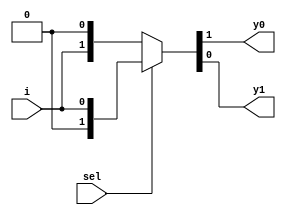
// This program was cloned from: https://github.com/ekb0412/100DaysofRTL
// License: Apache License 2.0

`timescale 1ns / 1ps

module demux_1_2(
    input sel,
    input i,
    output y0, y1
    );    
    assign {y0,y1} = sel?{1'b0,i}: {i,1'b0};
endmodule

module demux_xor_xnor(
    input a,b,
    output xor_g, xnor_g
    );
    wire [3:0] w;
    demux_1_2 demux1(b, ~a, w[0], w[1]);
    demux_1_2 demux2(b, a, w[2], w[3]);
    
    assign xor_g= w[1] | w[2];
    assign xnor_g= w[0] | w[3];
    
endmodule